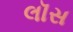
લૉસ